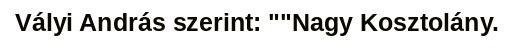
Vályi András szerint: ""Nagy Kosztolány.